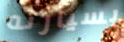
بسيارته